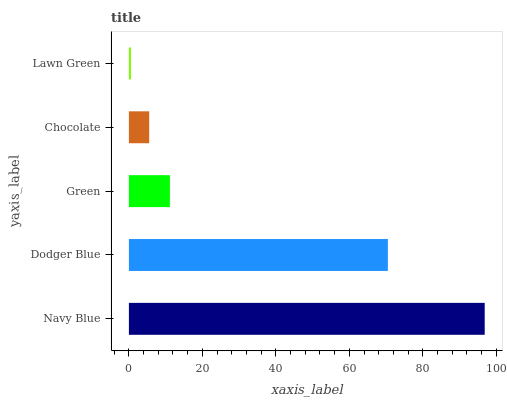
| yaxis_label | bars |
 | --- | --- |
 | Navy Blue | 96.8 |
 | Dodger Blue | 70.5 |
 | Green | 11.2 |
 | Chocolate | 5.52 |
 | Lawn Green | 0.561 |